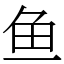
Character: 鱼